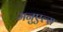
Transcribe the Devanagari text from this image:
मनुएल्स